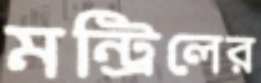
মন্ট্রিলের